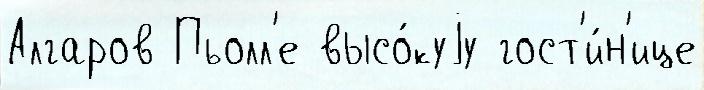
Алгаров Пьолл'е высо́куjу гост'и́н'ице